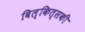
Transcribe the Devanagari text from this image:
विल्कित्सकी